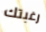
رغبتك